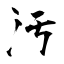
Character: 汚